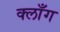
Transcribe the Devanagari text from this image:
क्लाँग